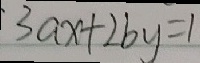
3 a x + 2 b y = 1